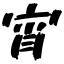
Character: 宵